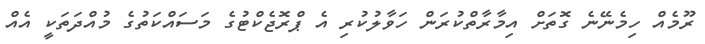
ރޫމެއް ހިމެނޭނެ ގޮތަށް އިމާރާތްކުރަން ހަވާލުކުރި އެ ޕްރޮޖެކްޓުގެ މަސައްކަތުގެ މުއްދަތަކީ އެއް